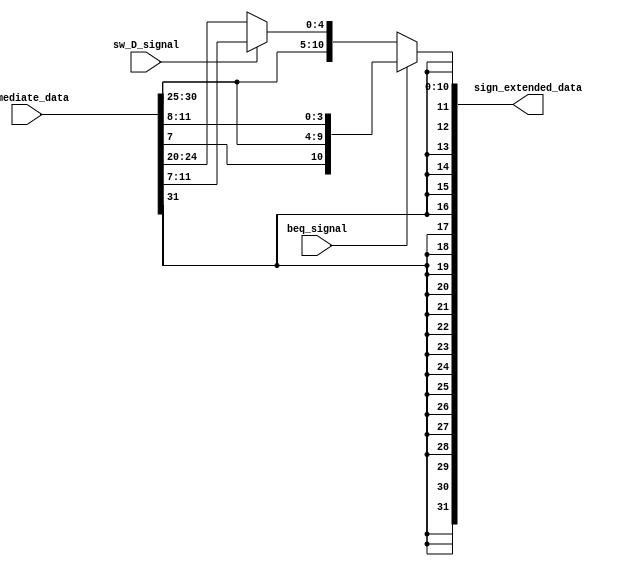
`timescale 1ps / 1ps
//////////////////////////////////////////////////////////////////////////////////
// Company: 
// Engineer: 
// 
// Design Name: 
// Module Name: sign_extend_12bit_32bit
// Project Name: 
// Target Devices: 
// Tool Versions: 
// Description: 
// 
// Dependencies: 
// 
// Revision:
// Revision 0.01 - File Created
// Additional Comments:
// 
//////////////////////////////////////////////////////////////////////////////////


module sign_extend_12bit_32bit(input [31:0]immediate_data,output [31:0]sign_extended_data,input beq_signal, input sw_D_signal);
reg [31:0] data_reg;
always@(*)
begin
if(beq_signal==1)
begin
data_reg={{21{immediate_data[31]}},immediate_data[7],immediate_data[30:25],immediate_data[11:8]};
end
else if (sw_D_signal==1)
begin

data_reg={{20{immediate_data[31]}},immediate_data[31:25],immediate_data[11:7]};
end

else 
begin
data_reg={{20{immediate_data[31]}},immediate_data[31:20]};
end

end

assign sign_extended_data[31:0]=data_reg[31:0];

endmodule